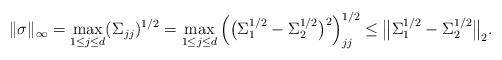
LaTeX: \begin{align*} \|\sigma\|_\infty &= \max_{1 \leq j \leq d} (\Sigma_{j j})^{1/2} = \max_{1 \leq j \leq d} \Big(\big(\Sigma_1^{1/2} - \Sigma_2^{1/2}\big)^2\Big)_{j j}^{1/2} \leq \big\|\Sigma_1^{1/2} - \Sigma_2^{1/2}\big\|_2. \end{align*}